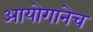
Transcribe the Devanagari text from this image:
आयोगानेच